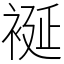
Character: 䘰